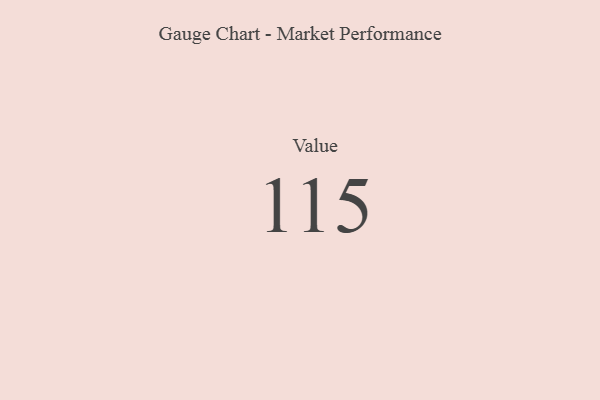
{"axis": {"x": "Metric", "y": "Value"}, "legend": [""], "data": [{"x": "Value", "y": 115, "type": ""}]}